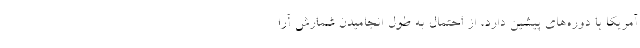
آمریکا با دوره‌های پیشین دارد، از احتمال به طول انجامیدن شمارش آرا